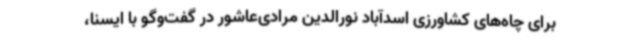
برای چاه‌های کشاورزی اسدآباد نورالدین مرادی‌عاشور در گفت‌وگو با ایسنا،